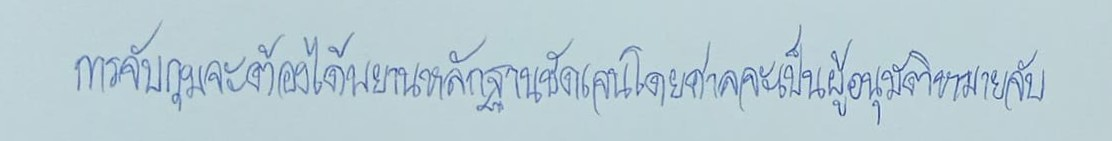
การจับกุมจะต้องได้พยานหลักฐานชัดเจนโดยศาลจะเป็นผู้อนุมัติหมายจับ